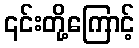
၎င်းတို့ကြောင့်